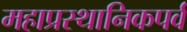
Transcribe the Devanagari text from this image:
महाप्रस्थानिकपर्व